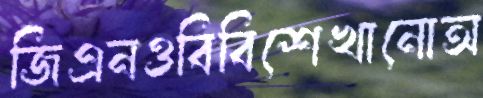
জিএনওবিবিশেখানোঅ